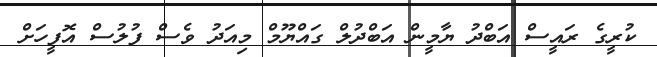
ކުރީގެ ރައީސް އަބްދު ޔާމީން އަބްދުލް ގައްޔޫމް މިއަދު ވެސް ފުލުސް އޮފީހަށް